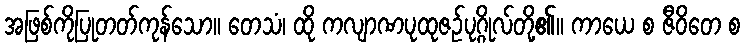
အဖြစ်ကိုပြုတတ်ကုန်သော။ တေသံ၊ ထို ကလျာဏပုထုဇဉ်ပုဂ္ဂိုလ်တို့၏။ ကာယေ စ ဇီဝိတေ စ